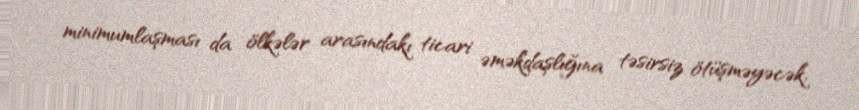
minimumlaşması da ölkələr arasındakı ticari əməkdaşlığına təsirsiz ötüşməyəcək.